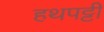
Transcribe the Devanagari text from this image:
हथपट्टी